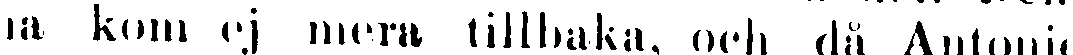
na kom ej mera tillbaka, och då Antonie